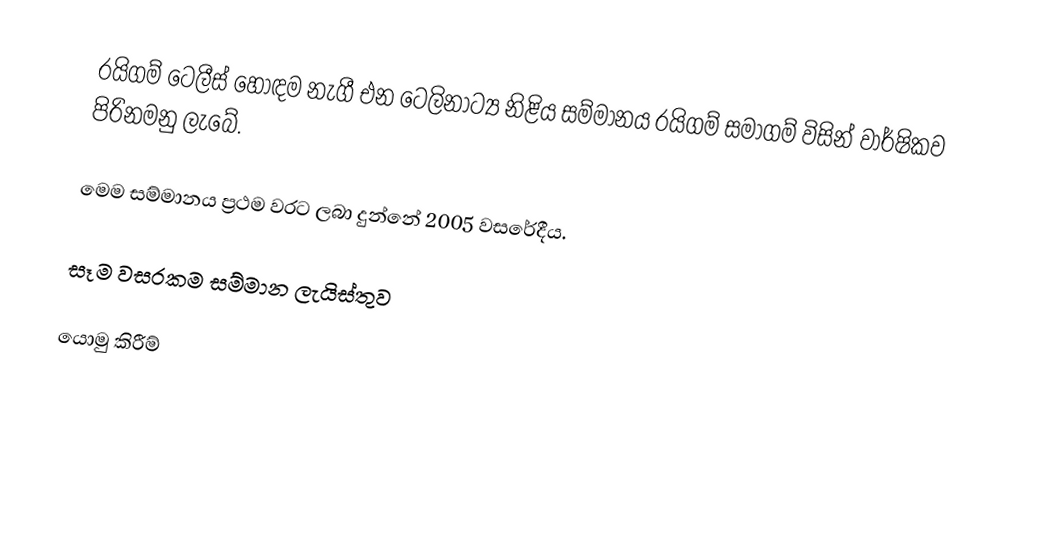
රයිගම් ටෙලීස් හොඳම නැගී එන ටෙලිනාට්‍ය නිළිය සම්මානය රයිගම් සමාගම් විසින් වාර්ෂිකව පිරිනමනු ලැබේ.

මෙම සම්මානය ප්‍රථම වරට ලබා දුන්නේ 2005 වසරේදීය.

සෑම වසරකම සම්මාන ලැයිස්තුව

යොමු කිරීම්